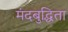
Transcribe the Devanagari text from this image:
मंदबुद्धिता